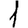
Digit: 1